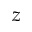
z